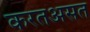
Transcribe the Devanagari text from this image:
करतअसत